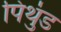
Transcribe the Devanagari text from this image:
पिथुंड